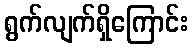
ရွက်လျက်ရှိကြောင်း